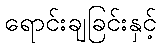
ရောင်းချခြင်းနှင့်